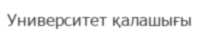
Университет қалашығы